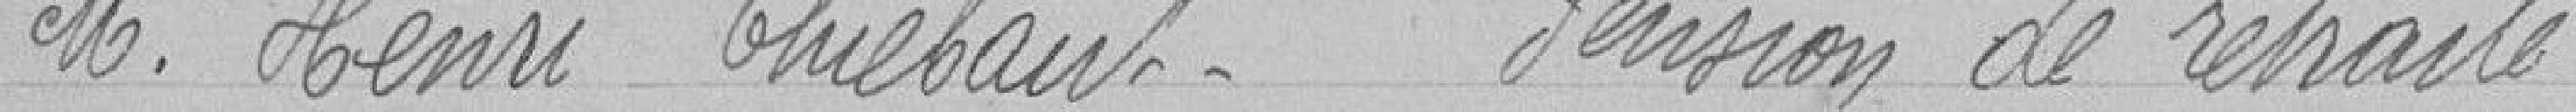
Monsieur Henri THIEBAUT     Pension de retraite